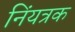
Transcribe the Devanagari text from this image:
निंयत्रक